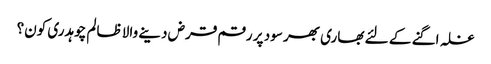
غلہ اگنے کے لئے بھاری بھر سود پر رقم قرض دینے والا ظالم چوہدری کون؟